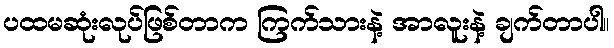
ပထမဆုံးလုပ်ဖြစ်တာက ကြက်သားနဲ့ အာလူးနဲ့ ချက်တာပါ။